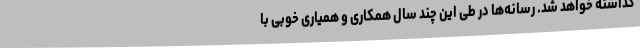
گذاشته خواهد شد. رسانه‌ها در طی این چند سال همکاری و همیاری خوبی با